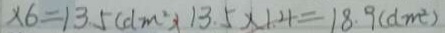
\times 6 = 1 3 . 5 ( d m ) ^ { 2 } 1 3 . 5 \times 1 . 4 = 1 8 . 9 ( d m ^ { 2 } )